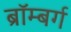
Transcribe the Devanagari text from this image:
ब्रॉम्बर्ग